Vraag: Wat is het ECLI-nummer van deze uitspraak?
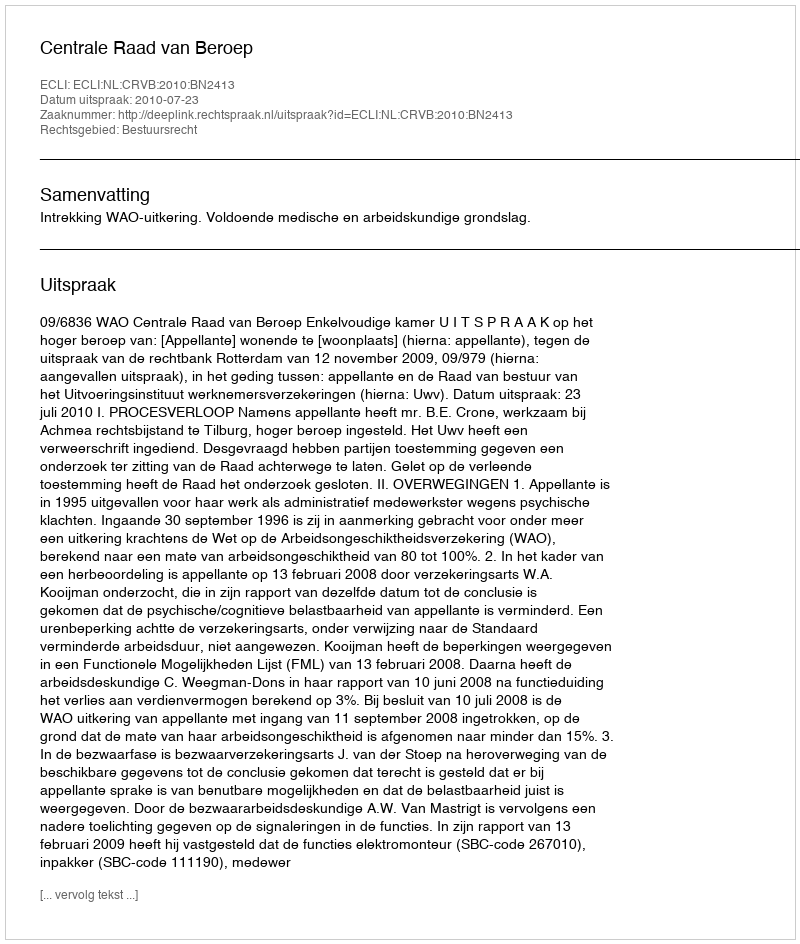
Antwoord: ECLI:NL:CRVB:2010:BN2413